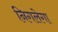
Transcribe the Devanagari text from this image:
निगलेगा